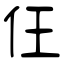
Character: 仼